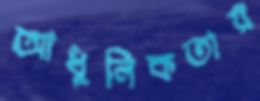
আধুনিকতায়